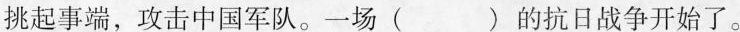
挑起事端，攻击中国军队。一场()的抗日战争开始了。